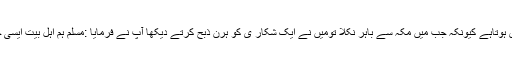
حضرت مسلم جواب دیتے ہیں مولا اس سفر میں خطرہ محسوس ہوتاہے کیونکہ جب میں مکہ سے باہر نکلا تومیں نے ایک شکار ی کو ہرن ذبح کرتے دیکھا آپ نے فرمایا :مسلم ہم اہل بیت ایسی چیزوں سے فال بدنہیں لیتے لہٰذا تم کوفہ کے لئے روانہ ہو جاؤ۔